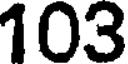
103